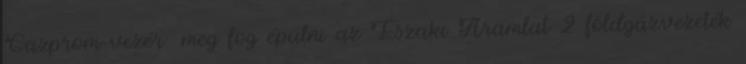
Gazprom-vezér: meg fog épülni az Északi Áramlat 2 földgázvezeték